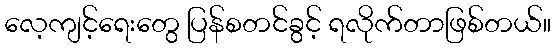
လေ့ကျင့်ရေးတွေ ပြန်စတင်ခွင့် ရလိုက်တာဖြစ်တယ်။